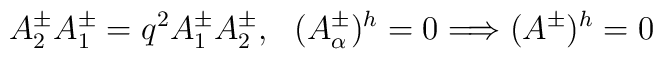
A^\pm_2 A^\pm_1=q^2 A^\pm_1 A^\pm_2,\ \ (A^\pm_\alpha)^h=0\Longrightarrow(A^\pm)^h=0